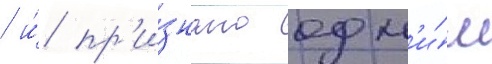
/ и́ пр'и́знано одн'и́м